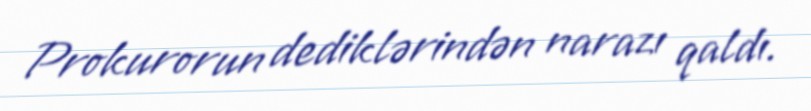
Prokurorun dediklərindən narazı qaldı.